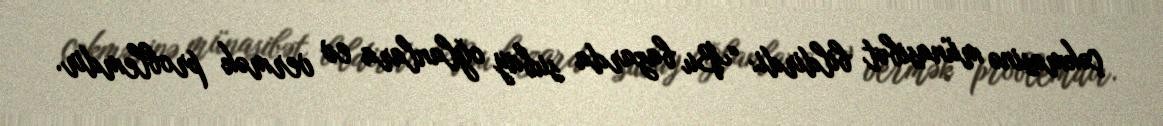
çəkməsinə münasibət bildirdi: “Bu bazarda subay oğlanlara ev vermək problemdir.